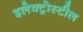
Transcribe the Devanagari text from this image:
इलेक्ट्रोस्टील